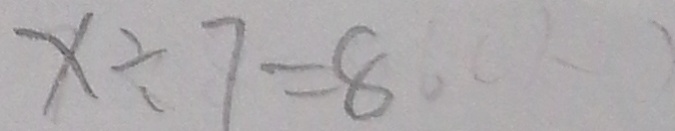
x \div 7 = 8